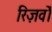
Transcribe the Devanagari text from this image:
रिज़र्वों